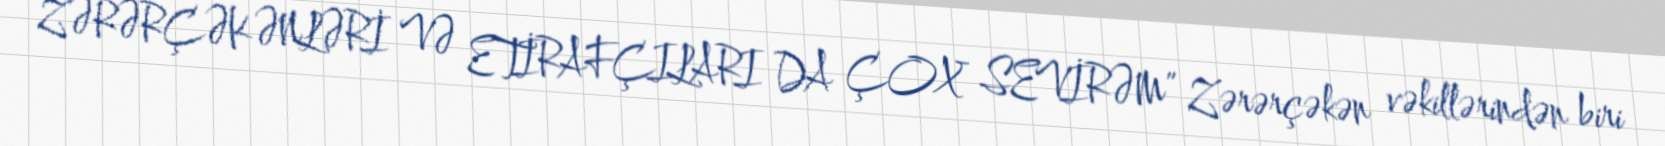
ZƏRƏRÇƏKƏNLƏRİ VƏ ETİRAFÇILARI DA ÇOX SEVİRƏM” Zərərçəkən vəkillərindən biri